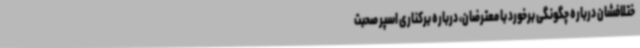
ختلافشان درباره چگونگی برخورد با معترضان، درباره برکناری اسپر صحبت